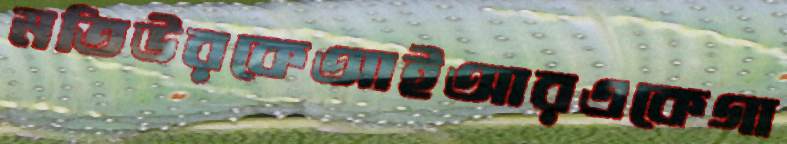
মতিউরকেআইআরএকেগা